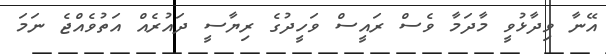
އޭނާ ވިދާޅުވީ މާދަމާ ވެސް ރައީސް ވަހީދުގެ ރިޔާސީ ދައުރެއް އަތުވެއްޖެ ނަމަ